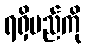
ရရှိမည်ကို